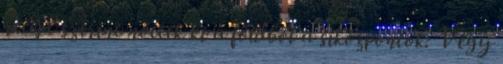
recept szerint nőttek ki a földből a síközpontok: Végy